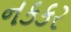
નકકર